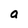
Character: a